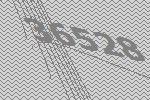
36528